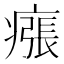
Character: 瘬